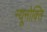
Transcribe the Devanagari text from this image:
न्यूनोक्‍ति